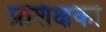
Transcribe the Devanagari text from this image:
प्रशिक्षकां